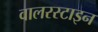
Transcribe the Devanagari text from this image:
वालरस्टाइन